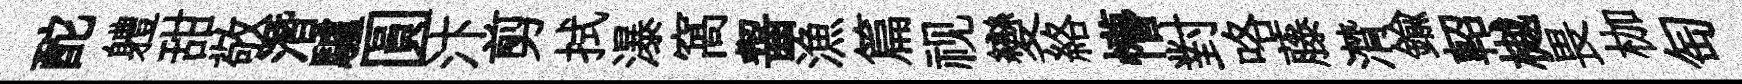
酡軆甜敬潛驢圓汴剪拭瀑窩齧漁篇视變絡懵對咯藤潸鍮軺樾畏枷匋